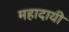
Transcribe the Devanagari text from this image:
महादायी